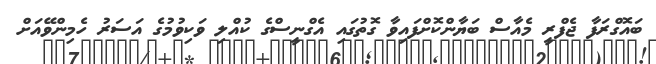
ބައޮގްރަފާ ޖެފްރީ މެއާސް ބަޔާންކޮށްފައިވާ ގޮތުގައި އެގްނީސްގެ ކުއްލި ވަކިވުމުގެ އަސަރު ހެމިންވޭއަށް